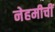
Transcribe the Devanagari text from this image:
नेहमीचीं